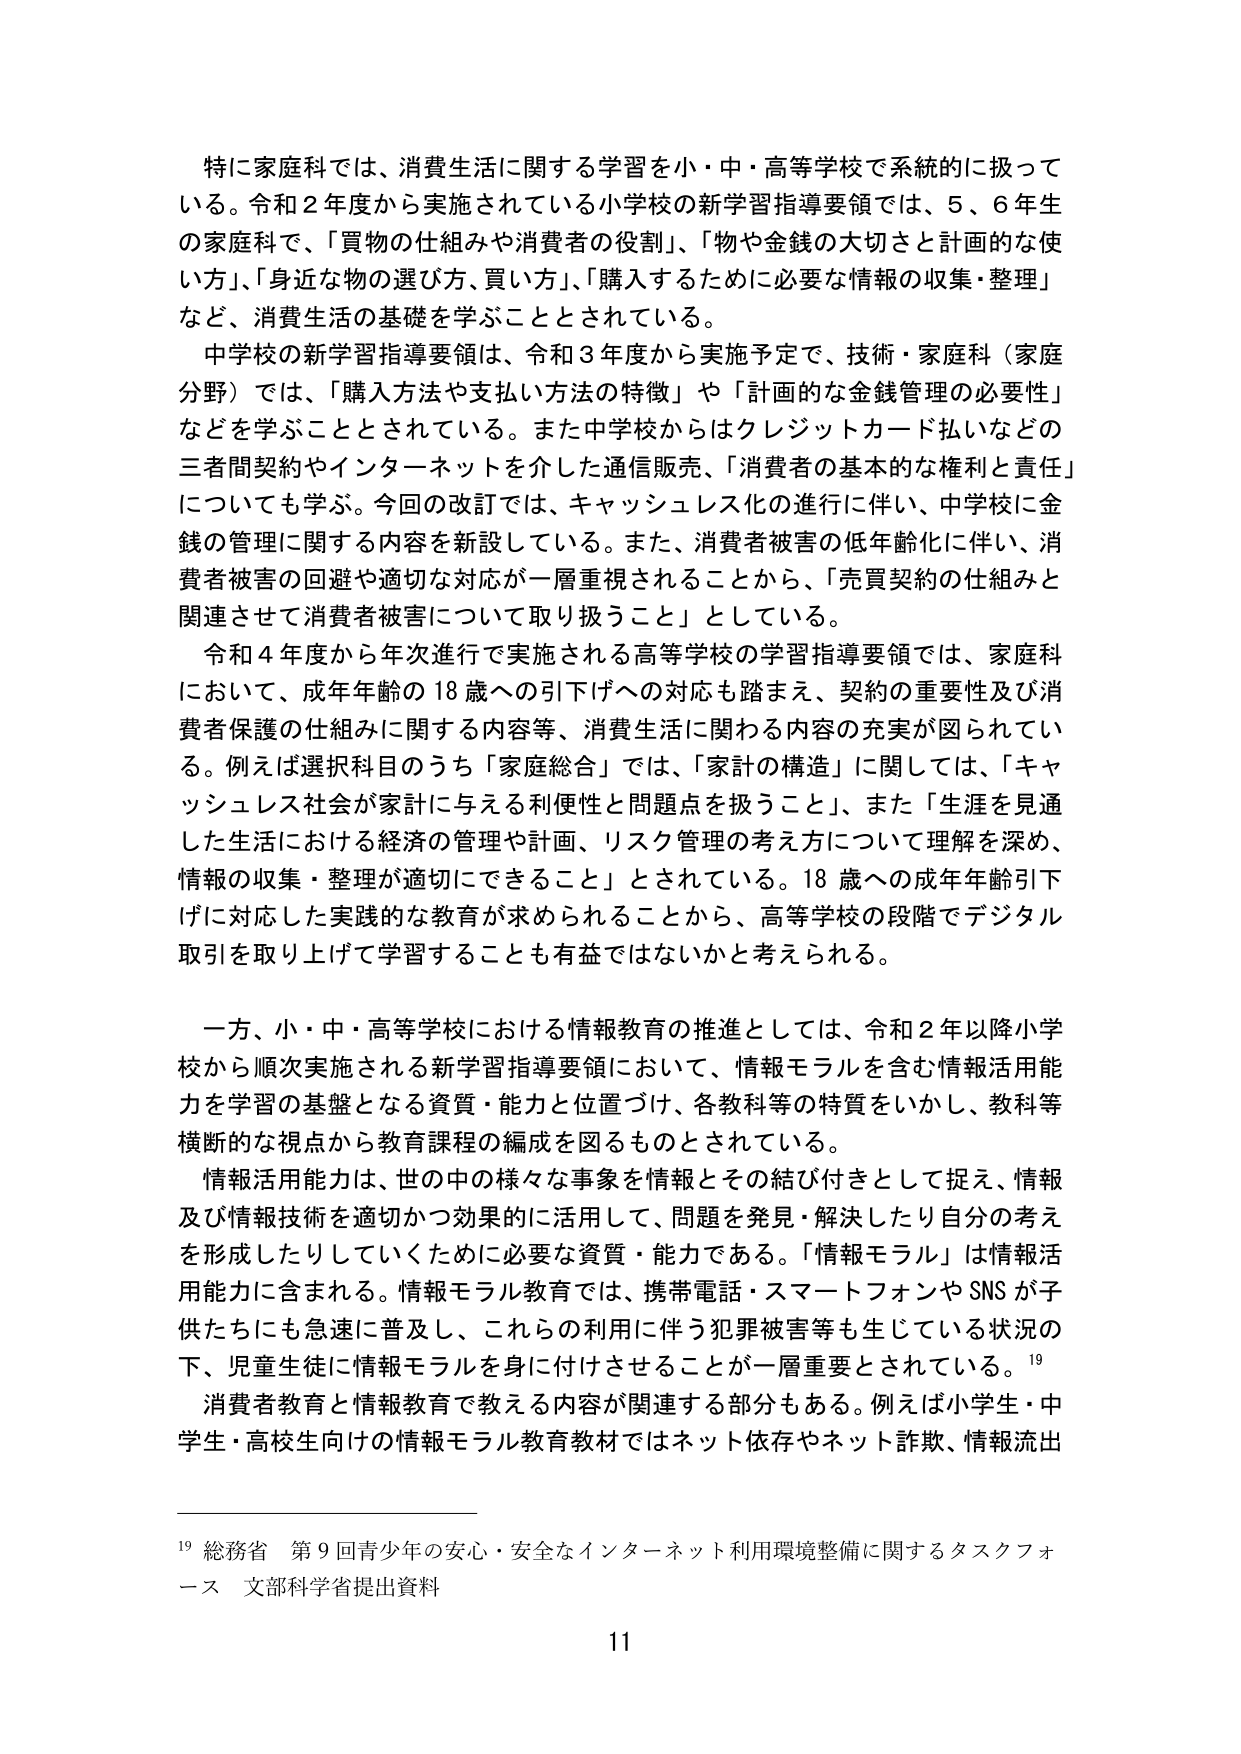
特に家庭科では、消費生活に関する学習を小・中・高等学校で系統的に扱っている。令和２年度から実施されている小学校の新学習指導要領では、５、６年生の家庭科で、「買物の仕組みや消費者の役割」、「物や金銭の大切さと計画的な使い方」、「身近な物の選び方、買い方」、「購入するために必要な情報の収集・整理」など、消費生活の基礎を学ぶこととされている。

中学校の新学習指導要領は、令和３年度から実施予定で、技術・家庭科（家庭分野）では、「購入方法や支払い方法の特徴」や「計画的な金銭管理の必要性」などを学ぶこととされている。また中学校からはクレジットカード払いなどの三者間契約やインターネットを介した通信販売、「消費者の基本的な権利と責任」についても学ぶ。今回の改訂では、キャッシュレス化の進行に伴い、中学校に金銭の管理に関する内容を新設している。また、消費者被害の低年齢化に伴い、消費者被害の回避や適切な対応が一層重視されることから、「売買契約の仕組みと関連させて消費者被害について取り扱うこと」としている。

令和４年度から年次進行で実施される高等学校の学習指導要領では、家庭科において、成年年齢の18歳への引下げへの対応も踏まえ、契約の重要性及び消費者保護の仕組みに関する内容等、消費生活に関わる内容の充実が図られている。例えば選択科目のうち「家庭総合」では、「家計の構造」に関しては、「キャッシュレス社会が家計に与える利便性と問題点を扱うこと」、また「生涯を見通した生活における経済の管理や計画、リスク管理の考え方について理解を深め、情報の収集・整理が適切にできること」とされている。18歳への成年年齢引下げに対応した実践的な教育が求められることから、高等学校の段階でデジタル取引を取り上げて学習することも有益ではないかと考えられる。

一方、小・中・高等学校における情報教育の推進としては、令和２年以降小学校から順次実施される新学習指導要領において、情報モラルを含む情報活用能力を学習の基盤となる資質・能力と位置づけ、各教科等の特質をいかし、教科等横断的な視点から教育課程の編成を図るものとされている。

情報活用能力は、世の中の様々な事象を情報とその結び付きとして捉え、情報及び情報技術を適切かつ効果的に活用して、問題を発見・解決したり自分の考えを形成したりしていくために必要な資質・能力である。「情報モラル」は情報活用能力に含まれる。情報モラル教育では、携帯電話・スマートフォンやSNSが子供たちにも急速に普及し、これらの利用に伴う犯罪被害等も生じている状況の下、児童生徒に情報モラルを身に付けさせることが一層重要とされている。¹⁹

消費者教育と情報教育で教える内容が関連する部分もある。例えば小学生・中学生・高校生向けの情報モラル教育教材ではネット依存やネット詐欺、情報流出

¹⁹ 総務省 第９回青少年の安心・安全なインターネット利用環境整備に関するタスクフォース 文部科学省提出資料

11